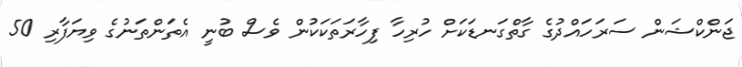
ޖަންކްޝަން ސަރަހައްދުގެ ގާތްގަނޑަކަށް ހުރިހާ ފިހާރަތަކަކުން ވެސް ބުނީ އެތަންތަނުގެ ވިޔަފާރި 50